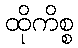
ထိုကိစ္စ